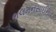
ભલમનસાઈના